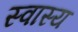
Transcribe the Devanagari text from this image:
स्वास्य